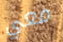
معي